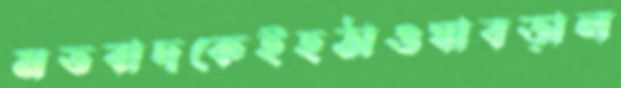
মতবাদকেইহঠাওঘাবড়াল